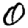
Digit: 0